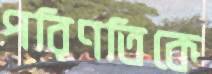
পরিণতিকে